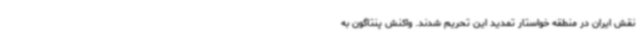
نقش ایران در منطقه خواستار تمدید این تحریم شدند. واکنش پنتاگون به